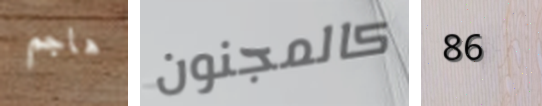
هاجم كالمجنون 86